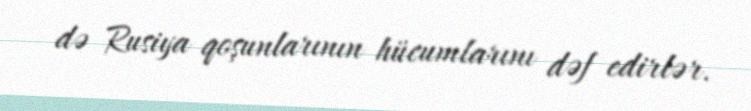
də Rusiya qoşunlarının hücumlarını dəf edirlər.